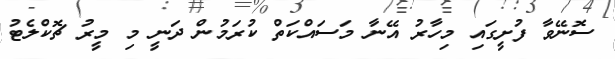
ސޮނޭވާ ފުށީގައި މިހާރު އޭނާ މަސައްކަތް ކުރަމުން ދަނީ މި މީރު ޗޮކްލެޓު